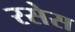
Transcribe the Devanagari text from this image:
रसेस